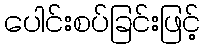
ပေါင်းစပ်ခြင်းဖြင့်